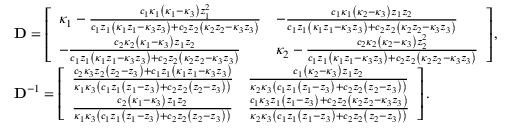
\begin{array} { r l } & { \mathbf { D } = \left[ \begin{array} { l l } { \kappa _ { 1 } - \frac { c _ { 1 } \kappa _ { 1 } \left( \kappa _ { 1 } - \kappa _ { 3 } \right) z _ { 1 } ^ { 2 } } { c _ { 1 } z _ { 1 } \left( \kappa _ { 1 } z _ { 1 } - \kappa _ { 3 } z _ { 3 } \right) + c _ { 2 } z _ { 2 } \left( \kappa _ { 2 } z _ { 2 } - \kappa _ { 3 } z _ { 3 } \right) } } & { - \frac { c _ { 1 } \kappa _ { 1 } \left( \kappa _ { 2 } - \kappa _ { 3 } \right) z _ { 1 } z _ { 2 } } { c _ { 1 } z _ { 1 } \left( \kappa _ { 1 } z _ { 1 } - \kappa _ { 3 } z _ { 3 } \right) + c _ { 2 } z _ { 2 } \left( \kappa _ { 2 } z _ { 2 } - \kappa _ { 3 } z _ { 3 } \right) } } \\ { - \frac { c _ { 2 } \kappa _ { 2 } \left( \kappa _ { 1 } - \kappa _ { 3 } \right) z _ { 1 } z _ { 2 } } { c _ { 1 } z _ { 1 } \left( \kappa _ { 1 } z _ { 1 } - \kappa _ { 3 } z _ { 3 } \right) + c _ { 2 } z _ { 2 } \left( \kappa _ { 2 } z _ { 2 } - \kappa _ { 3 } z _ { 3 } \right) } } & { \kappa _ { 2 } - \frac { c _ { 2 } \kappa _ { 2 } \left( \kappa _ { 2 } - \kappa _ { 3 } \right) z _ { 2 } ^ { 2 } } { c _ { 1 } z _ { 1 } \left( \kappa _ { 1 } z _ { 1 } - \kappa _ { 3 } z _ { 3 } \right) + c _ { 2 } z _ { 2 } \left( \kappa _ { 2 } z _ { 2 } - \kappa _ { 3 } z _ { 3 } \right) } } \end{array} \right] , } \\ & { \mathbf { D } ^ { - 1 } = \left[ \begin{array} { l l } { \frac { c _ { 2 } \kappa _ { 3 } z _ { 2 } \left( z _ { 2 } - z _ { 3 } \right) + c _ { 1 } z _ { 1 } \left( \kappa _ { 1 } z _ { 1 } - \kappa _ { 3 } z _ { 3 } \right) } { \kappa _ { 1 } \kappa _ { 3 } \left( c _ { 1 } z _ { 1 } \left( z _ { 1 } - z _ { 3 } \right) + c _ { 2 } z _ { 2 } \left( z _ { 2 } - z _ { 3 } \right) \right) } } & { \frac { c _ { 1 } \left( \kappa _ { 2 } - \kappa _ { 3 } \right) z _ { 1 } z _ { 2 } } { \kappa _ { 2 } \kappa _ { 3 } \left( c _ { 1 } z _ { 1 } \left( z _ { 1 } - z _ { 3 } \right) + c _ { 2 } z _ { 2 } \left( z _ { 2 } - z _ { 3 } \right) \right) } } \\ { \frac { c _ { 2 } \left( \kappa _ { 1 } - \kappa _ { 3 } \right) z _ { 1 } z _ { 2 } } { \kappa _ { 1 } \kappa _ { 3 } \left( c _ { 1 } z _ { 1 } \left( z _ { 1 } - z _ { 3 } \right) + c _ { 2 } z _ { 2 } \left( z _ { 2 } - z _ { 3 } \right) \right) } } & { \frac { c _ { 1 } \kappa _ { 3 } z _ { 1 } \left( z _ { 1 } - z _ { 3 } \right) + c _ { 2 } z _ { 2 } \left( \kappa _ { 2 } z _ { 2 } - \kappa _ { 3 } z _ { 3 } \right) } { \kappa _ { 2 } \kappa _ { 3 } \left( c _ { 1 } z _ { 1 } \left( z _ { 1 } - z _ { 3 } \right) + c _ { 2 } z _ { 2 } \left( z _ { 2 } - z _ { 3 } \right) \right) } } \end{array} \right] . } \end{array}